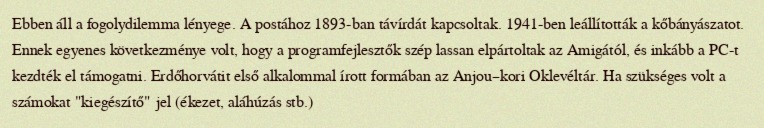
Ebben áll a fogolydilemma lényege. A postához 1893-ban távírdát kapcsoltak. 1941-ben leállították a kőbányászatot. Ennek egyenes következménye volt, hogy a programfejlesztők szép lassan elpártoltak az Amigától, és inkább a PC-t kezdték el támogatni. Erdőhorvátit első alkalommal írott formában az Anjou–kori Oklevéltár. Ha szükséges volt a számokat "kiegészítő" jel (ékezet, aláhúzás stb.)